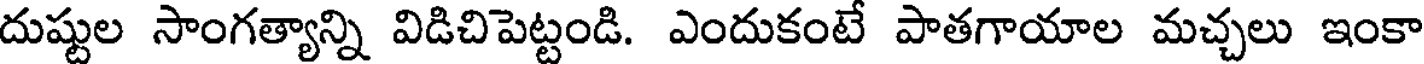
దుష్టుల సాంగత్యాన్ని విడిచిపెట్టండి. ఎందుకంటే పాతగాయాల మచ్చలు ఇంకా